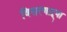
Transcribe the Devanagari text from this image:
विसरणाऱ्या